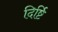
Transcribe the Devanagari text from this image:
दिर्ष्टि